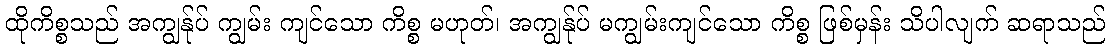
ထိုကိစ္စသည် အကျွန်ုပ် ကျွမ်း ကျင်သော ကိစ္စ မဟုတ်၊ အကျွန်ုပ် မကျွမ်းကျင်သော ကိစ္စ ဖြစ်မှန်း သိပါလျက် ဆရာသည်